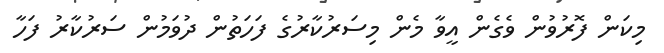
މިކަން ފޮރުވުން ވެގެން އީވާ މެން މިސަރުކާރުގެ ފަހަތުން ދުވަމުން ސަރުކާރު ފަހާ